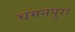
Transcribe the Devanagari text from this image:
चमनपुरा